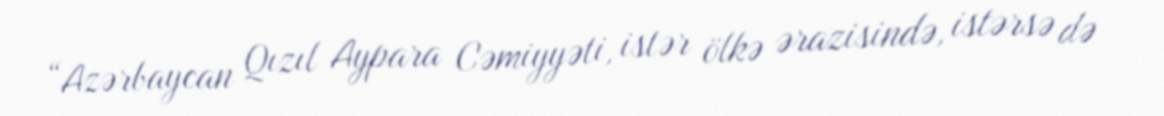
“Azərbaycan Qızıl Aypara Cəmiyyəti, istər ölkə ərazisində, istərsə də